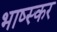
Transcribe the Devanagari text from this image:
भाष्स्कर